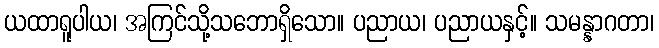
ယထာရူပါယ၊ အကြင်သို့သဘောရှိသော။ ပညာယ၊ ပညာယနှင့်။ သမန္နာဂတာ၊